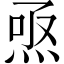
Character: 焏